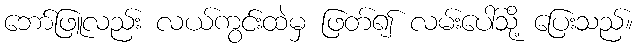
ဘော်ဖြူလည်း လယ်ကွင်းထဲမှ ဖြတ်၍ လမ်းပေါ်သို့ ပြေးသည်။